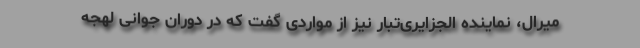
میرال، نماینده الجزایری‌تبار نیز از مواردی گفت که در دوران جوانی لهجه